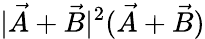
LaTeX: |\vec{A}+\vec{B}|^{2}(\vec{A}+\vec{B})